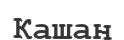
Кашан